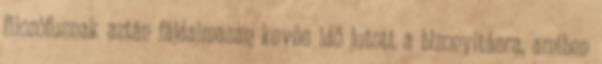
filozófusnak aztán fájdalmasan kevés idő jutott a bizonyításra, amiben